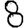
Digit: 8